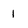
Character: 1